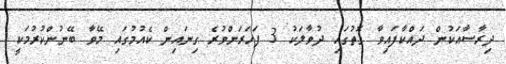
ދިރާސާއަކުން ދައްކާފައިވާ ގޮތުގައި ދުވާލަކު 3 ފަހަރަށްވުރެ ގިނައިން ކެއުމުގައި މޭވާ ބޭނުންކުރުމަކީ